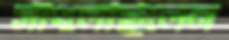
সাঁৎলেছিলেন